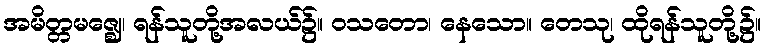
အမိတ္တမဇ္ဈေ၊ ရန်သူတို့အလယ်၌။ ဝသတော၊ နေသော။ တေသု၊ ထိုရန်သူတို့၌။